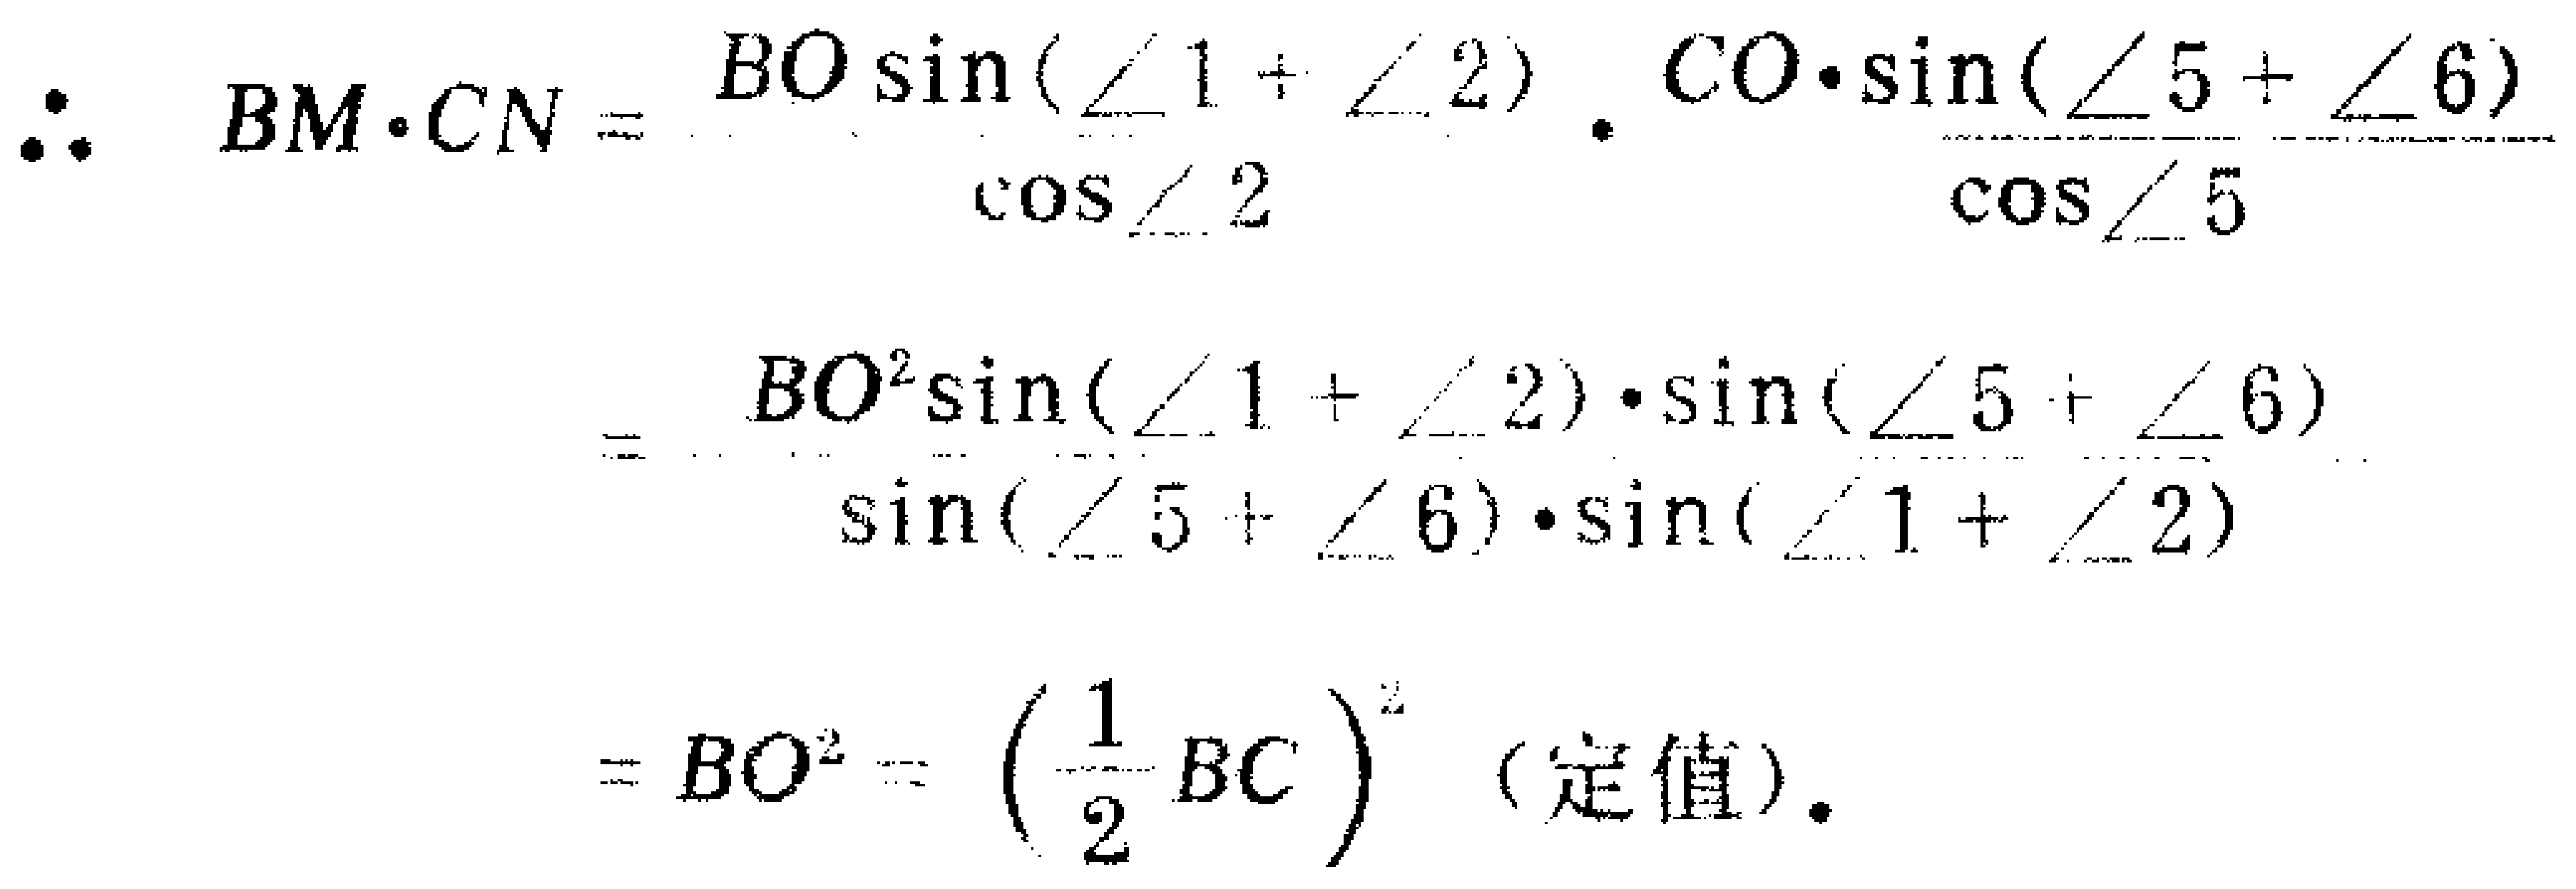
\[

\begin{align*}

\therefore BM\cdot CN&=\frac{BO\sin(\angle1 + \angle2)}{\cos\angle2}\cdot\frac{CO\cdot\sin(\angle5 + \angle6)}{\cos\angle5}\\

&=\frac{BO^{2}\sin(\angle1 + \angle2)\cdot\sin(\angle5 + \angle6)}{\sin(\angle5 + \angle6)\cdot\sin(\angle1 + \angle2)}\\

&=BO^{2}=\left(\frac{1}{2}BC\right)^{2}\text{ (定值)}.

\end{align*}

\]